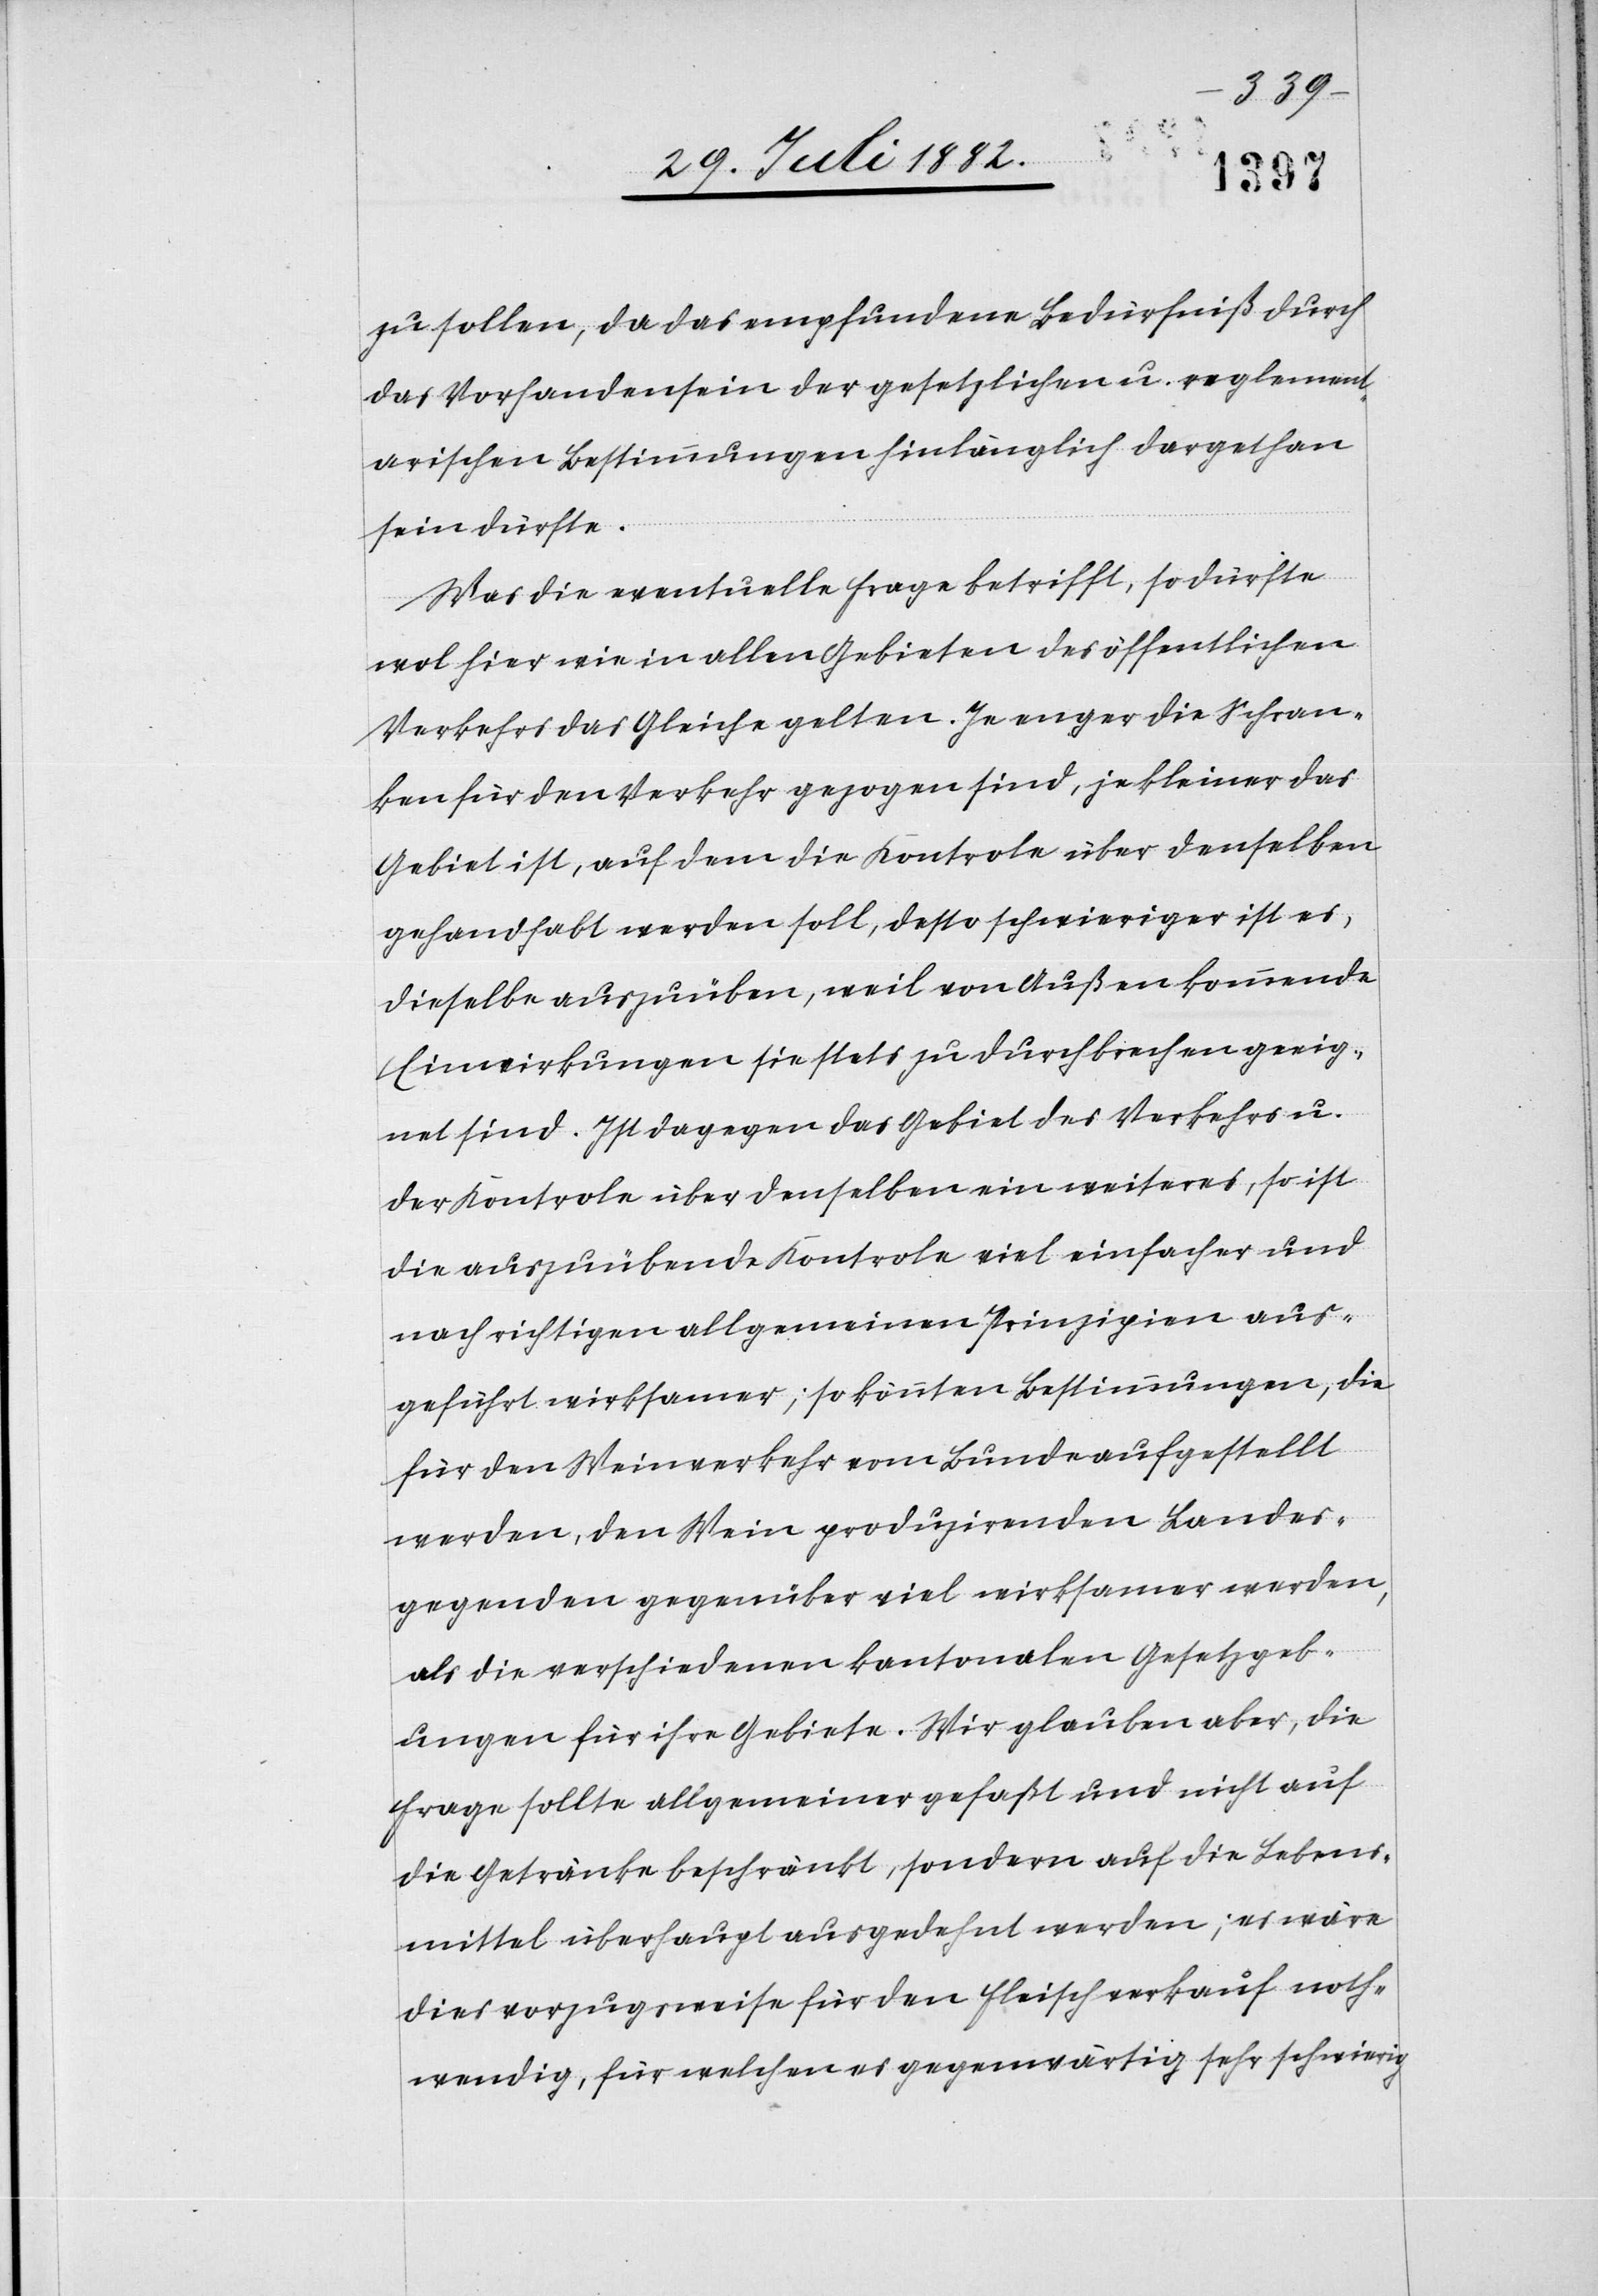
zu sollen, da das empfundene Bedürfniß durch
das Vorhandensein der gesetzlichen u. reglement¬
arischen Bestimmungen hinlänglich dargethan
sein dürfte.
Was die eventuelle Frage betrifft, so dürfte
wol hier in allen Gebieten des öffentlichen
Verkehrs das Gleiche gelten. Je enger die Schran¬
ken für den Verkehr gezogen sind, je kleiner das
Gebiet ist, auf dem die Kontrole über denselben
gehandhabt werden soll, desto schwieriger ist es,
dieselbe auszuüben, weil von Außen kommende
Einwirkungen sie stets zu durchbrechen geeig¬
net sind. Ist dagegen das Gebiet des Verkehrs u.
der Kontrole über denselben ein weiteres, so ist
die auszuübende Kontrole viel einfacher und
nach richtigen allgemeinen Prinzipien aus¬
geführt wirksamer; so könnten Bestimmungen, die
für den Weinverkehr vom Bunde aufgestellt
werden, den Wein produzirenden Landes¬
gegenden gegenüber viel wirksamer werden,
als die verschiedenen kantonalen Gesetzgeb¬
ungen für ihre Gebiete. Wir glauben aber, die
Frage sollte allgemeiner gefaßt und nicht auf
die Getränke beschränkt, sondern auf die Lebens¬
mittel überhaupt ausgedehnt werden; es wäre
dies vorzugsweise für den Fleischverkauf noth¬
wendig, für welchen es gegenwärtig sehr schwierig